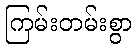
ကြမ်းတမ်းစွာ